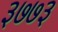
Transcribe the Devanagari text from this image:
३७७३